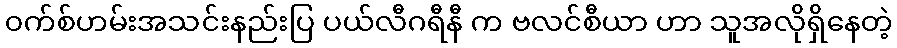
၀က်စ်ဟမ်းအသင်းနည်းပြ ပယ်လီဂရီနီ က ဗလင်စီယာ ဟာ သူအလိုရှိနေတဲ့